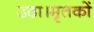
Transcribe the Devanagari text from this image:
उठा।मृतकों